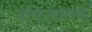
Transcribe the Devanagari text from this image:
वकिलांतर्फे